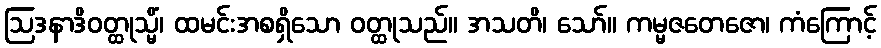
ဩဒနာဒိဝတ္ထုသ္မိံ၊ ထမင်းအစရှိသော ဝတ္ထုသည်။ အသတိ၊ သော်။ ကမ္မဇတေဇော၊ ကံကြောင့်